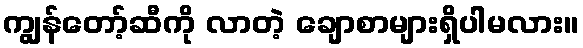
ကျွန်တော့်ဆီကို လာတဲ့ ချောစာများရှိပါမလား။